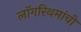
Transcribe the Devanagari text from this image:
लॉगरिथमांची